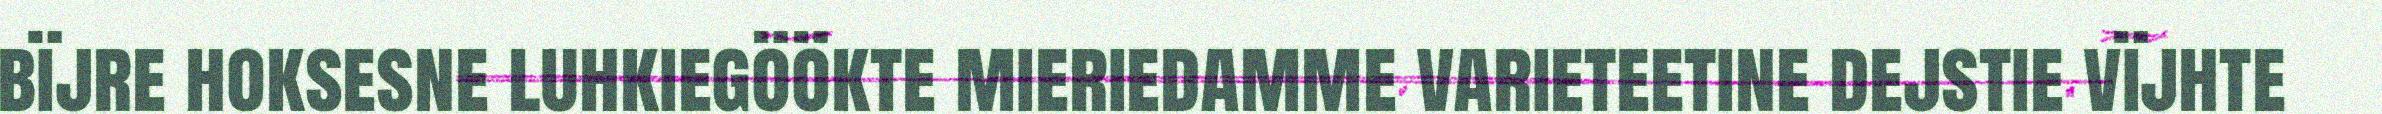
bïjre hoksesne luhkiegöökte mieriedamme varieteetine dejstie vïjhte